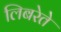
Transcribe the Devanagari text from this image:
लिबरेते